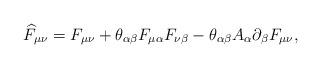
LaTeX: \begin{align*}\widehat{F}_{\mu \nu }=F_{\mu \nu }+\theta_{\alpha\beta} F_{\mu \alpha}F_{\nu \beta}-\theta_{\alpha\beta}A_\alpha\partial_\beta F_{\mu \nu } ,\end{align*}